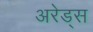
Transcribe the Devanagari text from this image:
अरेड्स